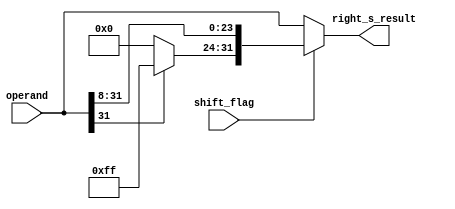
module right_shift_8 (shift_flag,right_s_result,operand);
	input[31:0] operand;
	input shift_flag;
	output[31:0] right_s_result;

	wire[31:0] shifted;
	assign shifted[23:0] = operand[31:8];
	assign shifted[31:24] = operand[31] ? 8'b11111111 : 8'b00000000;

	assign right_s_result = shift_flag ? shifted:operand;	


endmodule